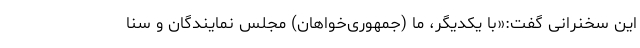
این سخنرانی گفت:«‌با یکدیگر، ما (جمهوری‌خواهان) مجلس نمایندگان و سنا